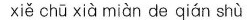
xiě chū xià miàn de qián shù